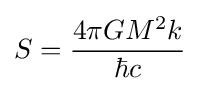
S={\frac {4\pi GM^{2}k}{\hbar c}}